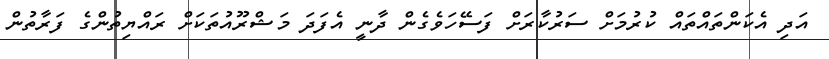
އަދި އެކަންތައްތައް ކުރުމަށް ސަރުކާރަށް ފަސޭހަވެގެން ދާނީ އެފަދަ މަޝްރޫއުތަކަށް ރައްޔިތުންގެ ފަރާތުން